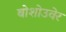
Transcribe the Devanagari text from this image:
बोशोउवेर